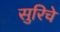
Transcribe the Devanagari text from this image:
सुरिचे